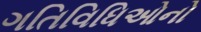
ગતિવિધિઓનો